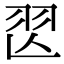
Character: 𦏶